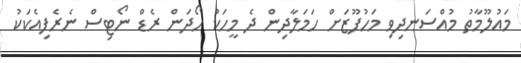
މައުލޫމާތު މުއްސަނދިވި މަހުފޫޒަށް ހަމަލާދިން ދެ މީހަކު ހޯދަން ރެޑް ނޯޓިސް ނެރެފިއެކަކު